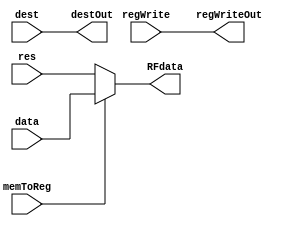
module WB(input regWrite, memToReg, 
		  input [4:0] dest,
		  input [31:0] data, res,
		  output regWriteOut,
		  output [4:0] destOut, 
		  output [31:0] RFdata);
	
	assign destOut = dest;
	assign RFdata = (memToReg) ? data : res;
	assign regWriteOut = regWrite;
endmodule